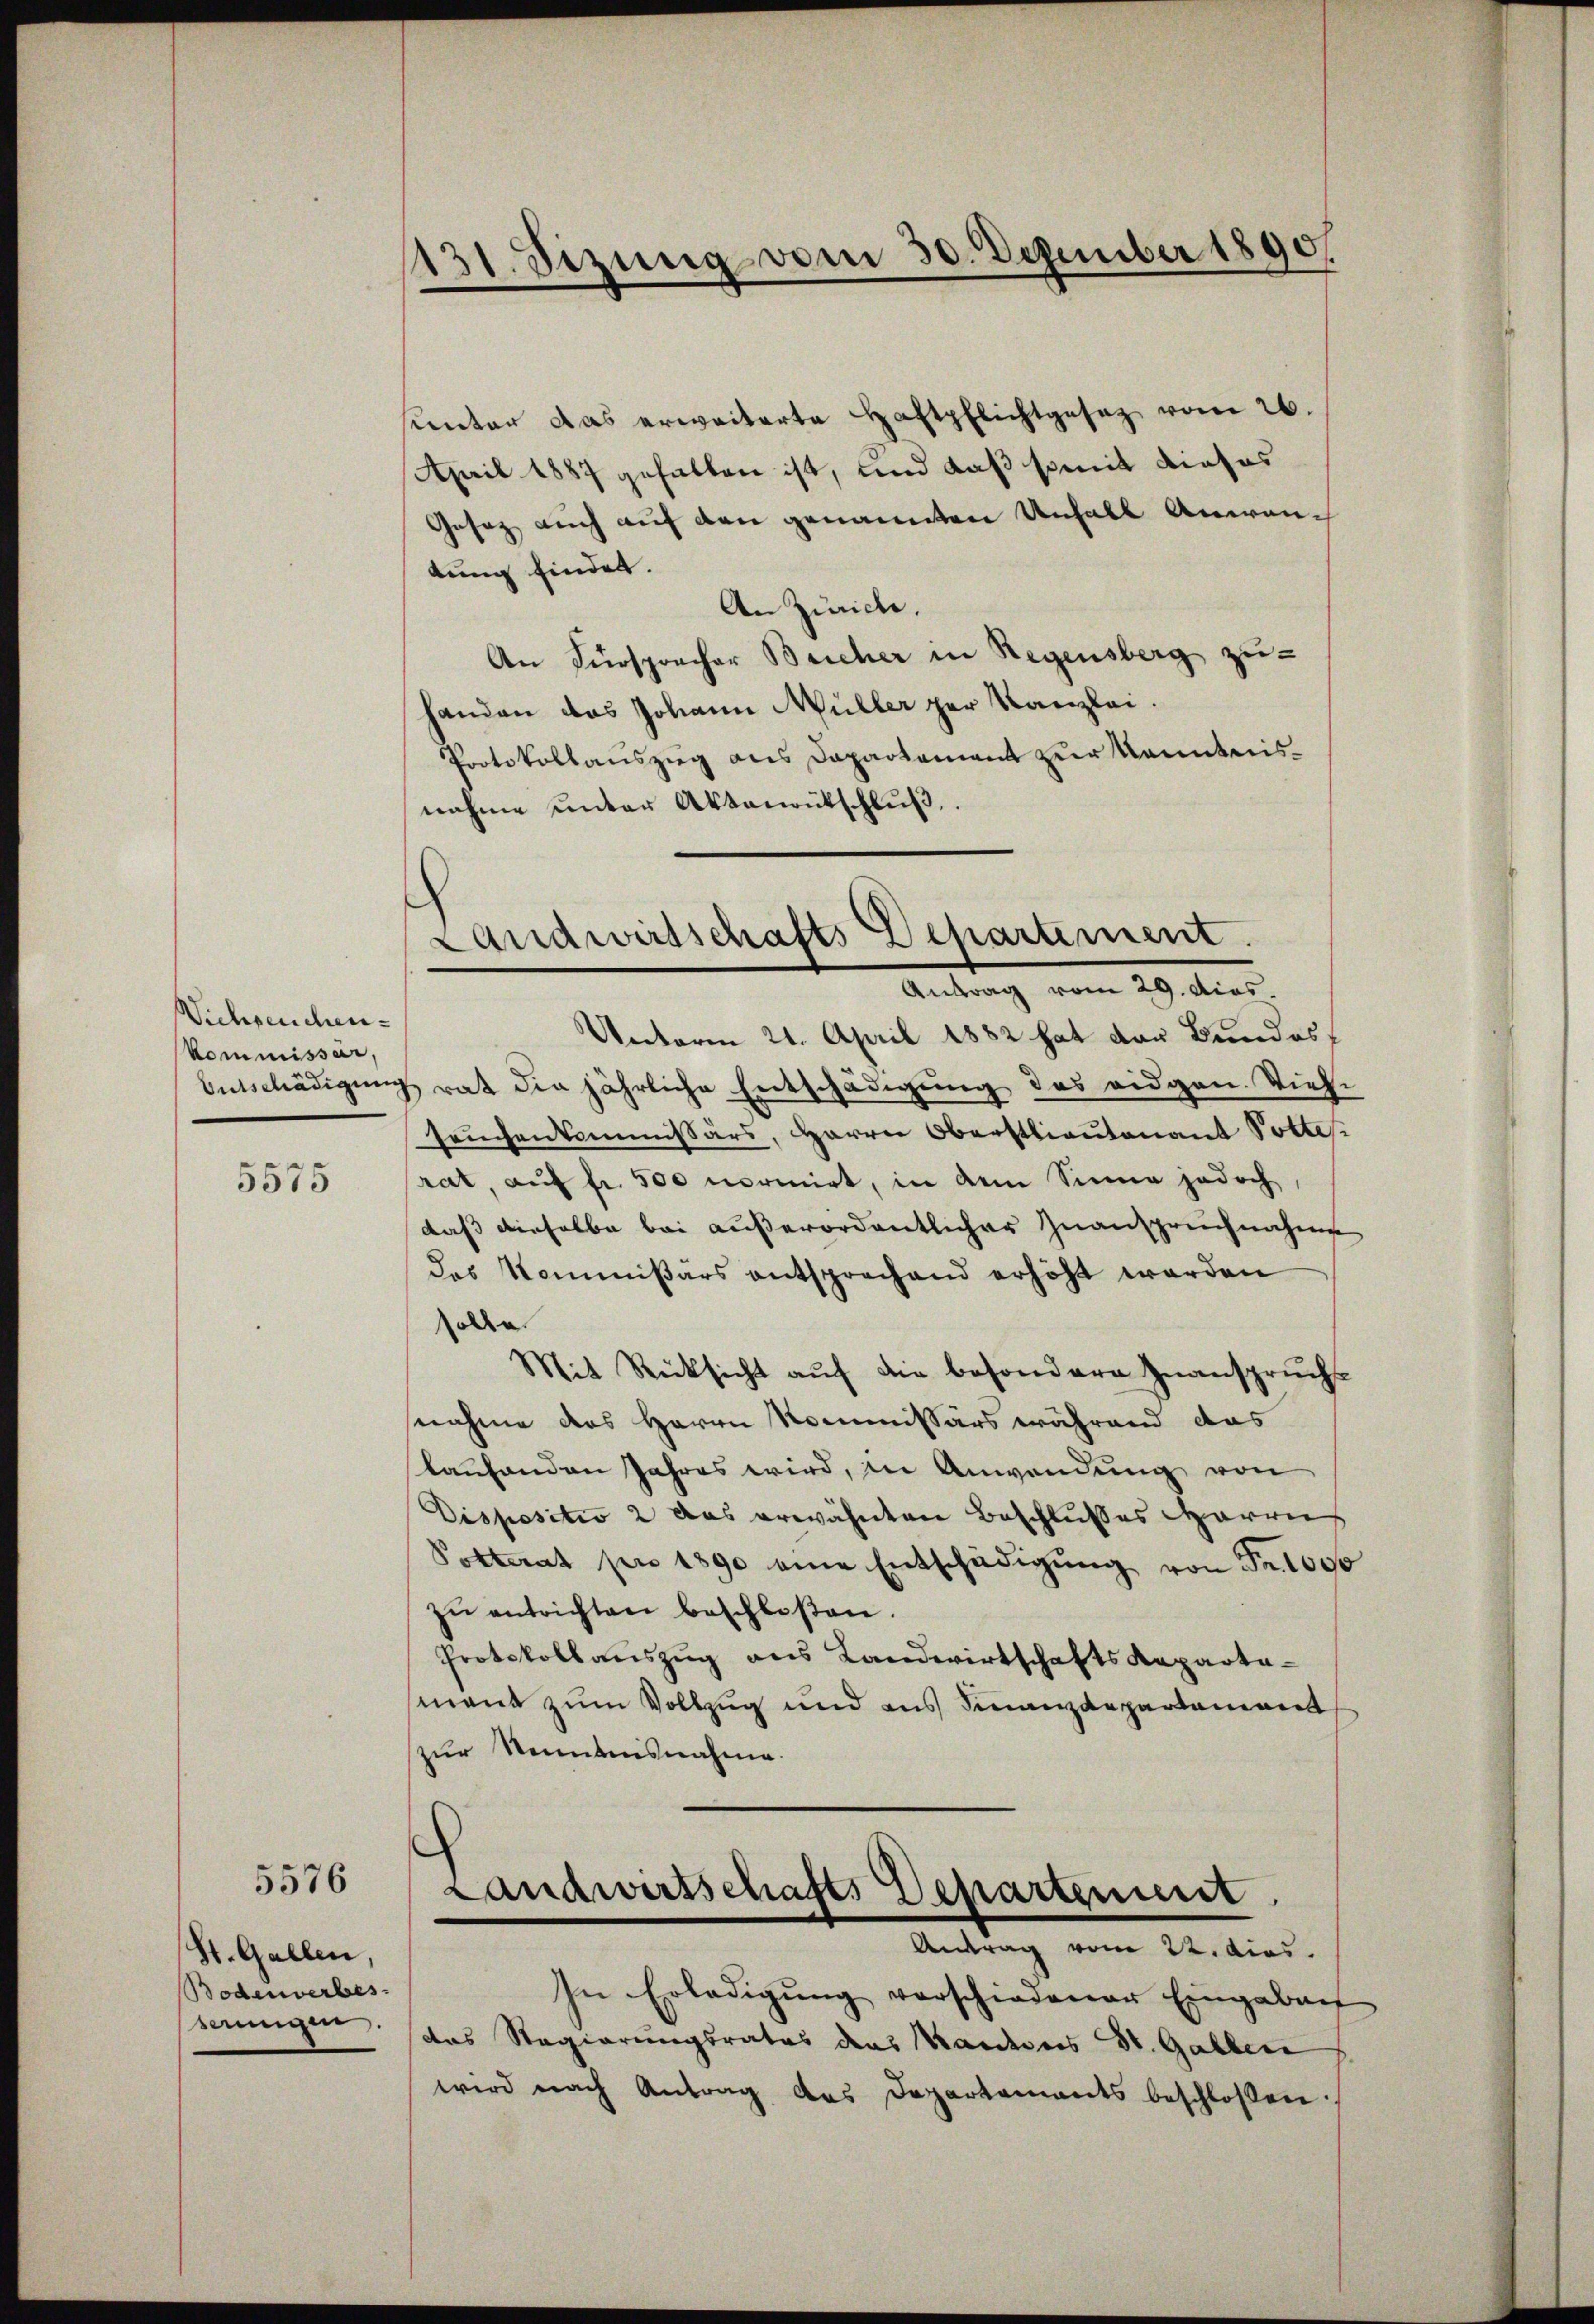
Viehseuchen.
Kommissär,

5575

5576

St. Gallen,
Bodenverbes
saugen.

sunter das erweiterte Haftpflichtgesez vom 26.
April 1887 gehalten ist, und daß somit dieses
Gesez auch auf den genannten Unfall Anwentung findet.
An Zürich.
An Fürspracher Beicher in Regensberg zu-
handen das Johann Müller per Kanzlei.
Protokollaŭszŭg als Departament zŭr Kenntnis-
nahme unter Aktenantschlŭβ

131. Sizung vom 30. Dezember 1890

Landwirtschafts Departiment.
Antrag vom 29. dies.

Unterm 21. April 1882 hat der Brandos
Entschädigung rat die jährliche Entschädigung des eidgen. Viele
seuchenkommissärs, Harrer Oberstlieutenant Pottes.
rat, auf fr. 500 normirt, in dem Sinne jedoch,
daß dieselbe bei außerordentlicher Zuanspruchnahme
des Kommißärs entsprechend erhöht werden
olle
Mit Rücksicht auf die besondere Inanspruchs
nahme das Herrn Kommissärs während das
kaufenden Jahres wird, in Anwendung von
Dispositio 2 das erwähnten Beschlußes arries
Potterat pro 1890 eine Entschädigŭng von Fr. 1000
zŭ entrichten beschloßen.
Protokollauszug aus Landwirtschafts-Kaparta-
mand zum Vollzug und aus Finanzdepartament
zur Kenntnisnahme.

Landwirtschafts Departenirt
Antrag vom 22. dies

In Erledigŭng vorschiedener Eingabens
das Regierungsrates das Kandes St. Gallen
wird nach Antrag das Departements beschloßen: